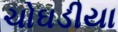
ચોઘડીયા